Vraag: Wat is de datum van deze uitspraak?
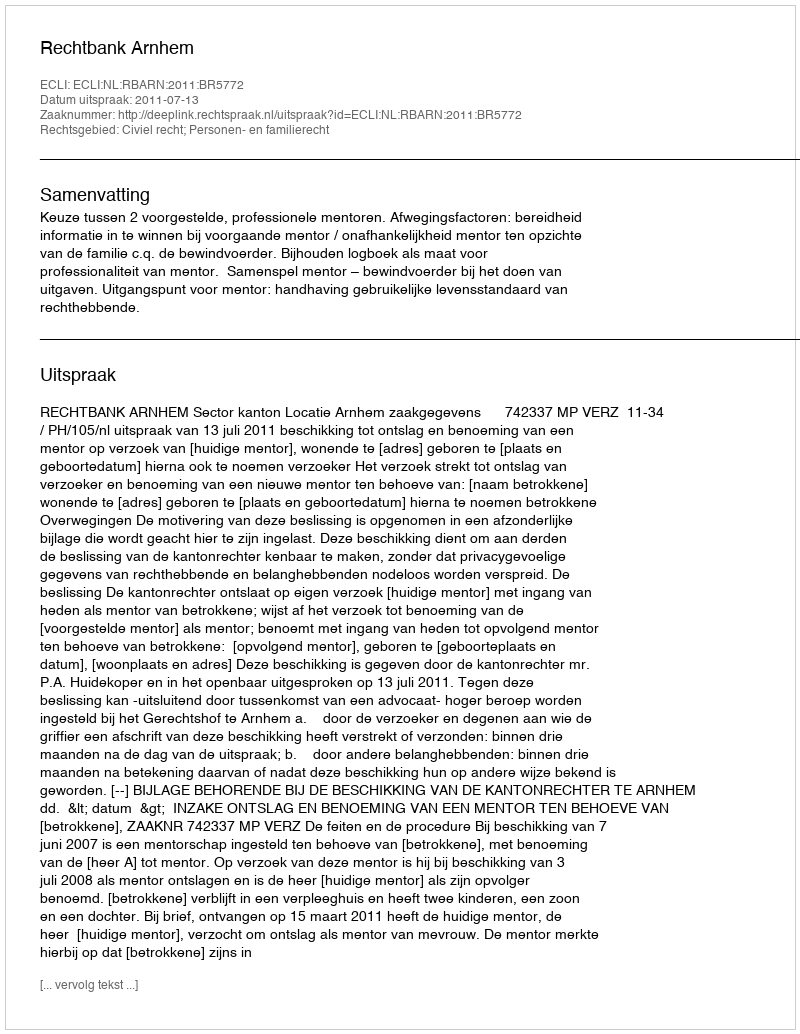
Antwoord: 2011-07-13